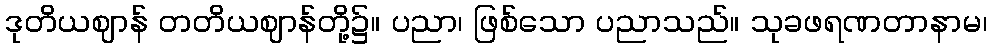
ဒုတိယဈာန် တတိယဈာန်တို့၌။ ပညာ၊ ဖြစ်သော ပညာသည်။ သုခဖရဏတာနာမ၊